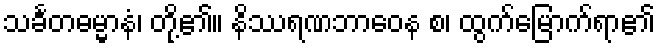
သင်္ခတဓမ္မာနံ၊ တို့၏။ နိဿရဏဘာဝေန စ၊ ထွက်မြောက်ရာ၏